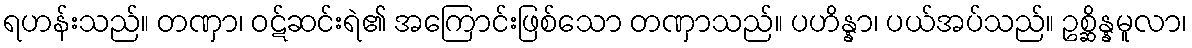
ရဟန်းသည်။ တဏှာ၊ ဝဋ်ဆင်းရဲ၏ အကြောင်းဖြစ်သော တဏှာသည်။ ပဟိန္နာ၊ ပယ်အပ်သည်။ ဥစ္ဆိန္နမူလာ၊